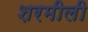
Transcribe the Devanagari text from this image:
शरमीली